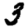
Digit: 3